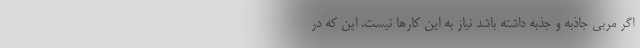
اگر مربی جاذبه و جذبه داشته باشد نیاز به این کارها نیست. این که در